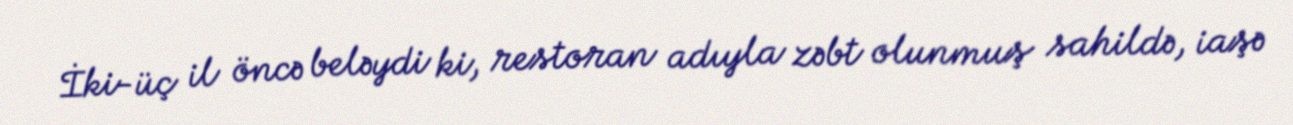
İki-üç il öncə beləydi ki, restoran adıyla zəbt olunmuş sahildə, iaşə